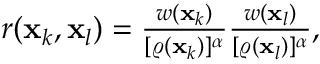
\begin{array} { r } { r ( \mathbf { x } _ { k } , \mathbf { x } _ { l } ) = \frac { w ( \mathbf { x } _ { k } ) } { { [ \varrho ( \mathbf { x } _ { k } ) ] ^ { \alpha } } } \frac { w ( \mathbf { x } _ { l } ) } { { [ \varrho ( \mathbf { x } _ { l } ) ] ^ { \alpha } } } , } \end{array}